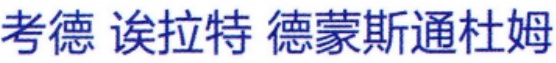
考德 诶拉特 德蒙斯通杜姆